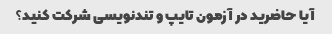
آیا حاضرید در آزمون تایپ و تندنویسی شرکت کنید؟